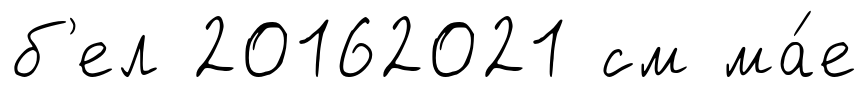
б'ел 20162021 см ма́е